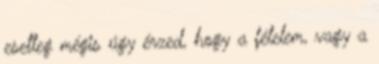
esetleg mégis úgy érzed, hogy a félelem, vagy a